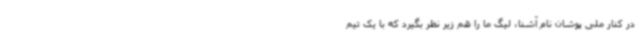
در کنار ملی‌ پوشان نام آشنا، لیگ ما را هم زیر نظر بگیرد که با یک تیم